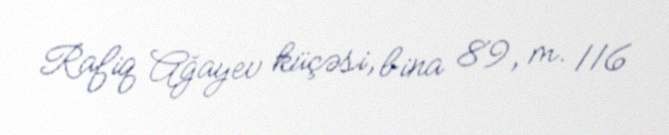
Rafiq Ağayev küçəsi, bina 89, m. 116